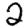
Digit: 2